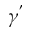
\gamma ^ { ' }